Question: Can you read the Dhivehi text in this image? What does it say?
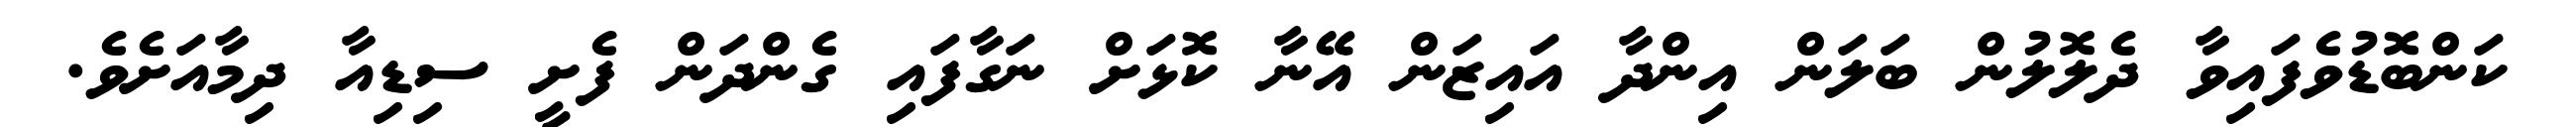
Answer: ކަންބޮޑުވެފައިވާ ދެލޮލުން ބަލަން އިންދާ އައިޒަން އޭނާ ކޮޅަށް ނަގާފައި ގެންދަން ފެށީ ސިޑިއާ ދިމާއަށެވެ.